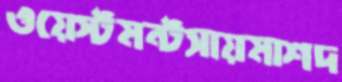
ওয়েস্টমন্টসায়মাশদ